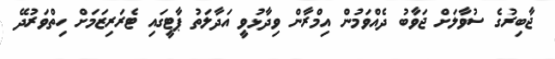
ޖާބިރުގެ ސުވާލަށް ޖަވާބު ދެއްވަމުން އިމްރާން ވިދާޅުވީ އަދާލަތު ޕާޓީގައި ޓެރަރިޒަމަށް ހިތްވަރުދޭ